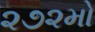
૨૭૨મો